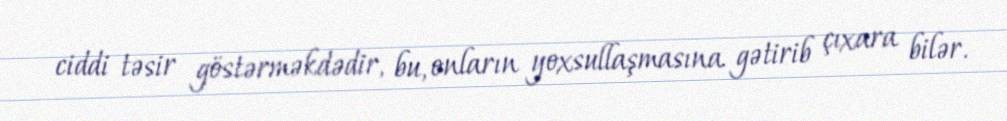
ciddi təsir göstərməkdədir, bu, onların yoxsullaşmasına gətirib çıxara bilər.